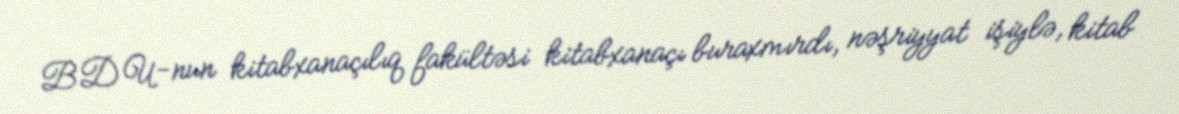
BDU-nun kitabxanaçılıq fakültəsi kitabxanaçı buraxmırdı, nəşriyyat işiylə, kitab